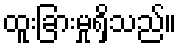
ထူးခြားမှုရှိသည်။